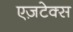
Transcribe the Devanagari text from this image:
एज़टेक्स